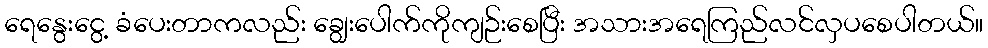
ရေနွေးငွေ့ ခံပေးတာကလည်း ချွေးပေါက်ကိုကျဉ်းစေပြီး အသားအရေကြည်လင်လှပစေပါတယ်။